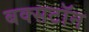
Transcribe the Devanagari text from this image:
बक्सटॉन